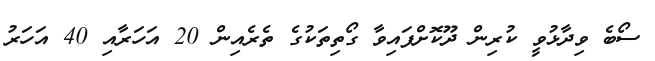
ސޯބެ ވިދާޅުވީ ކުރިން ދޫކޮށްފައިވާ ގޯތިތަކުގެ ތެރެއިން 20 އަހަރާއި 40 އަހަރު